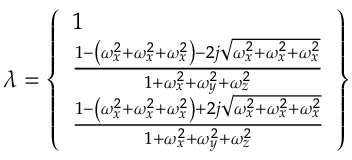
\lambda = \left\{ \begin{array} { l } { 1 } \\ { \frac { 1 - \left( \omega _ { x } ^ { 2 } + \omega _ { x } ^ { 2 } + \omega _ { x } ^ { 2 } \right) - 2 j \sqrt { \omega _ { x } ^ { 2 } + \omega _ { x } ^ { 2 } + \omega _ { x } ^ { 2 } } } { 1 + \omega _ { x } ^ { 2 } + \omega _ { y } ^ { 2 } + \omega _ { z } ^ { 2 } } } \\ { \frac { 1 - \left( \omega _ { x } ^ { 2 } + \omega _ { x } ^ { 2 } + \omega _ { x } ^ { 2 } \right) + 2 j \sqrt { \omega _ { x } ^ { 2 } + \omega _ { x } ^ { 2 } + \omega _ { x } ^ { 2 } } } { 1 + \omega _ { x } ^ { 2 } + \omega _ { y } ^ { 2 } + \omega _ { z } ^ { 2 } } } \end{array} \right\}